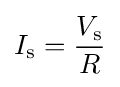
I_{\mathrm {s} }={\frac {V_{\mathrm {s} }}{R}}